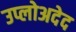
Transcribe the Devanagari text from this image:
उप्लोअदेद